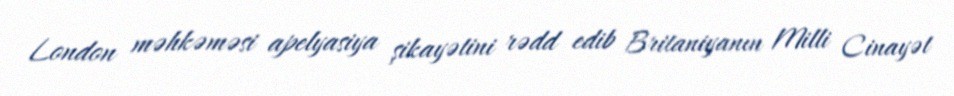
London məhkəməsi apelyasiya şikayətini rədd edib Britaniyanın Milli Cinayət